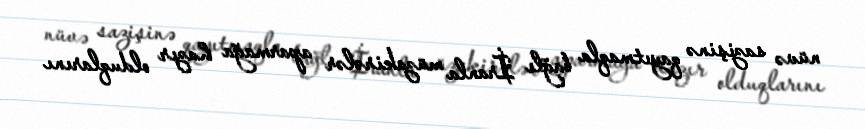
nüvə sazişinə qayıtmaqla bağlı İranla müzakirələr aparmağa hazır olduqlarını